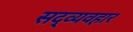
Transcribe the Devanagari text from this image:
सद्‍व्यवहार